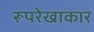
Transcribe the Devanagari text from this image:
रूपरेखाकार